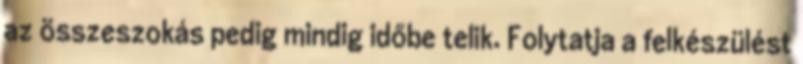
az összeszokás pedig mindig időbe telik. Folytatja a felkészülést